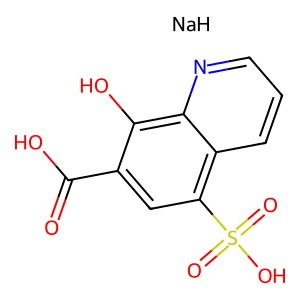
SMILES: O=C(O)c1cc(S(=O)(=O)O)c2cccnc2c1O.[NaH]
Inhibits HIV replication: No